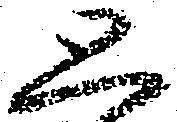
思